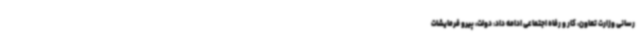
رسانی وزارت تعاون، کار و رفاه اجتماعی ادامه داد: دولت، پیرو فرمایشات